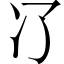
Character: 𠖭